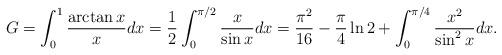
LaTeX: \begin{align*}G=\int_{0}^{1}\frac{\arctan x}{x}dx=\frac{1}{2}\int_{0}^{\pi /2}\frac{x}{\sin x}dx=\frac{\pi ^{2}}{16}-\frac{\pi }{4}\ln 2+\int_{0}^{\pi /4}\frac{x^{2}}{\sin ^{2}x}dx. \end{align*}